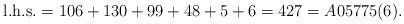
LaTeX: \begin{gather*}{\rm l.h.s.} =106+130+99+48+5+6 =427 =A05775(6).\end{gather*}